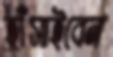
হাঁসাইবেন